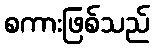
စကားဖြစ်သည်